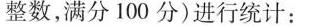
整数，满分100分)进行统计：